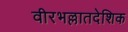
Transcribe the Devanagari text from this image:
वीरभल्लातदेशिक